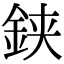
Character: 𨦇